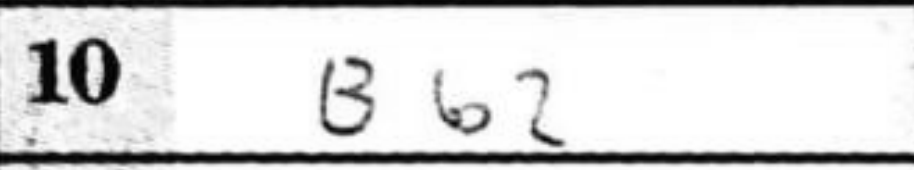
Transcription: Bb2